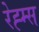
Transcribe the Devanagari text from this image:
रेह्म्स